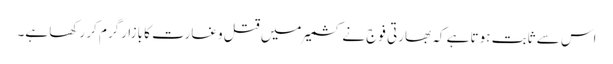
اس سے ثابت ہوتا ہے کہ بھارتی فوج نے کشمیر میں قتل وغارت کا بازارگرم کر رکھا ہے۔